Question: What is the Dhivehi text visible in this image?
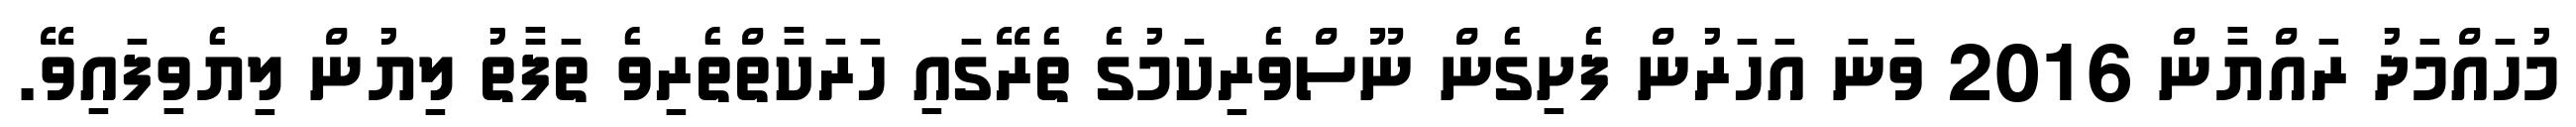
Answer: މުހައްމަދު ރައްޔާން 2016 ވަނަ އަހަރުން ފެށިގެން ނޫސްވެރިކަމުގެ ތެރޭގައި ހަރަކާތްތެރިވެ ތަފާތު ލިޔުން ލިޔެވިފައިވޭ.